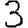
Digit: 3